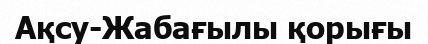
Ақсу-Жабағылы қорығы